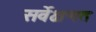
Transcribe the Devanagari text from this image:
सर्वेक्षणत